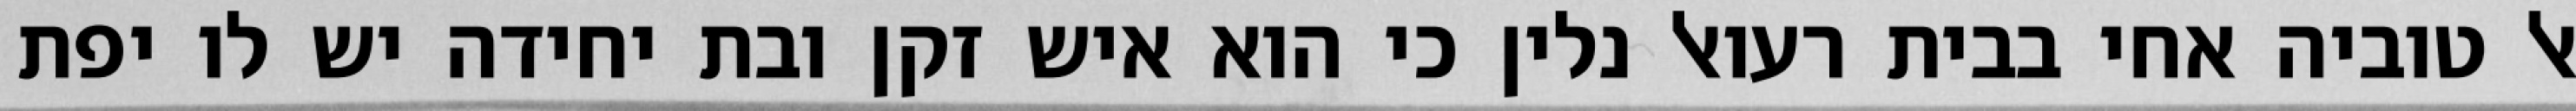
אל טוביה אחי בבית רעואל נלין כי הוא איש זקן ובת יחידה יש לו יפת